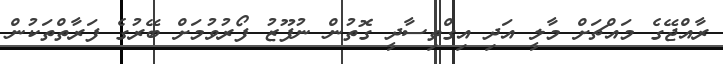
ރާއްޖޭގެ މައްޗަށް މާލީ އަދި އިގްތިސާދީ ގޮތުން ނުފޫޒު ފޯރުވުމަށް ބޭރުގެ ފަރާތްތަކުން